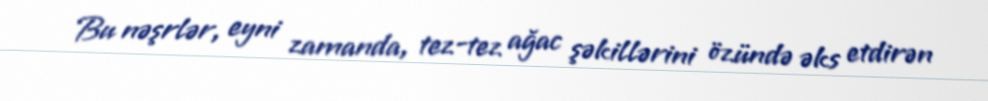
Bu nəşrlər, eyni zamanda, tez-tez ağac şəkillərini özündə əks etdirən